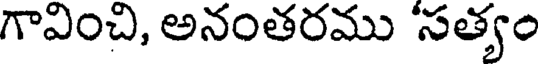
గావించి, అనంతరము 'సత్యం